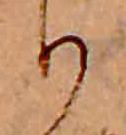
り